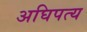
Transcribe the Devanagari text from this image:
अघिपत्य